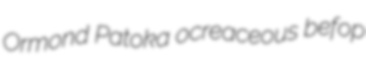
Ormond Patoka ocreaceous befop